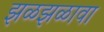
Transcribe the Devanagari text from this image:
झळझळावा